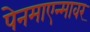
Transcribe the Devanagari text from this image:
पेनमाएन्मावर